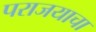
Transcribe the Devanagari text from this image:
पराजयाचा